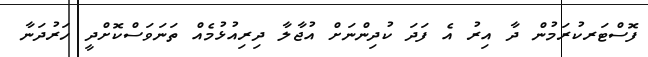
ފޮސްޓަރކުރަމުން ދާ އިރު އެ ފަދަ ކުދިންނަށް އުޖާލާ ދިރިއުޅުމެއް ތަނަވަސްކޮށްދީ ހަރުދަނާ